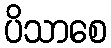
ပိသာစေ